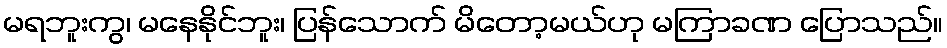
မရဘူးကွ၊ မနေနိုင်ဘူး၊ ပြန်သောက် မိတော့မယ်ဟု မကြာခဏ ပြောသည်။